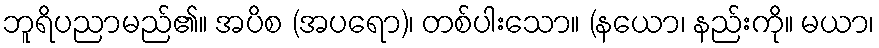
ဘူရိပညာမည်၏။ အပိစ (အပရော)၊ တစ်ပါးသော။ (နယော၊ နည်းကို။ မယာ၊